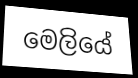
මෙලියේ